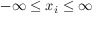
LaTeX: - \infty \leq x _ { i } \leq \infty